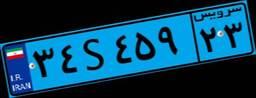
۳۴S۴۵۹۲۳